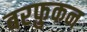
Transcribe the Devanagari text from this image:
बरफ़ुकन